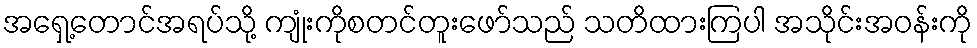
အရှေ့တောင်အရပ်သို့ ကျုံးကိုစတင်တူးဖော်သည် သတိထားကြပါ အသိုင်းအဝန်းကို